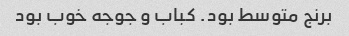
برنج متوسط بود. کباب و جوجه خوب بود